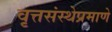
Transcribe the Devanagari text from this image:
वृत्तसंस्थेप्रमाणे